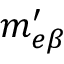
m _ { e \beta } ^ { \prime }